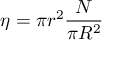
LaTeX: \eta = \pi r ^ { 2 } { \frac { N } { \pi R ^ { 2 } } }